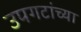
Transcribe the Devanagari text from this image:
उपगटांच्या